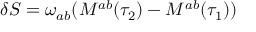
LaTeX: \delta S = \omega _ { a b } ( M ^ { a b } ( \tau _ { 2 } ) - M ^ { a b } ( \tau _ { 1 } ) )